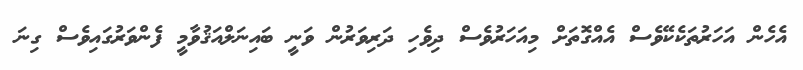
އެހެން އަހަރުތަކެކޭވެސް އެއްގޮތަށް މިއަހަރުވެސް ދިވެހި ދަރިވަރުން ވަނީ ބައިނަލްއަޤުވާމީ ފެންވަރުގައިވެސް ގިނަ